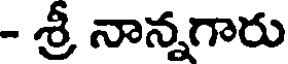
- శ్రీ నాన్నగారు